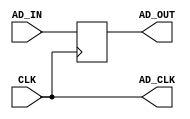
module AD(CLK, AD_IN,AD_CLK, AD_OUT,);

   input CLK; 
	input[7:0] AD_IN;
   output AD_CLK; 
   output[7:0] AD_OUT; 
   reg[7:0] AD_OUT;

   assign AD_CLK = CLK ;		//da

   always @(posedge CLK)
   begin
         AD_OUT <= AD_IN ;  
   end 
endmodule